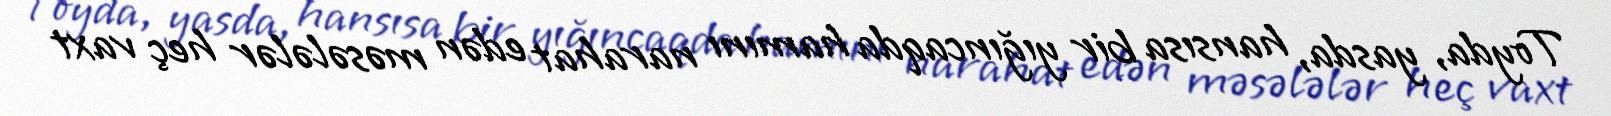
Toyda, yasda, hansısa bir yığıncaqda hamını narahat edən məsələlər heç vaxt